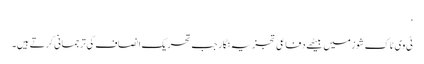
‘
ٹی وی ٹاک شوز میں بیٹھے دفاعی تجزیہ نگار جب تحریک انصاف کی ترجمانی کرتے ہیں۔